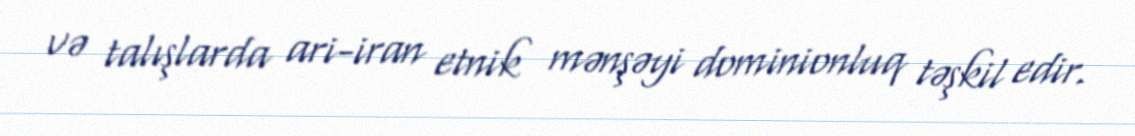
və talışlarda ari-iran etnik mənşəyi dominionluq təşkil edir.